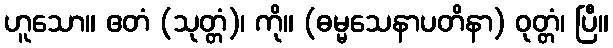
ဟူသော။ ဧတံ (သုတ္တံ)၊ ကို။ (ဓမ္မသေနာပတိနာ) ဝုတ္တံ၊ ပြီ။